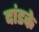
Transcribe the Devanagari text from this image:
दांडके